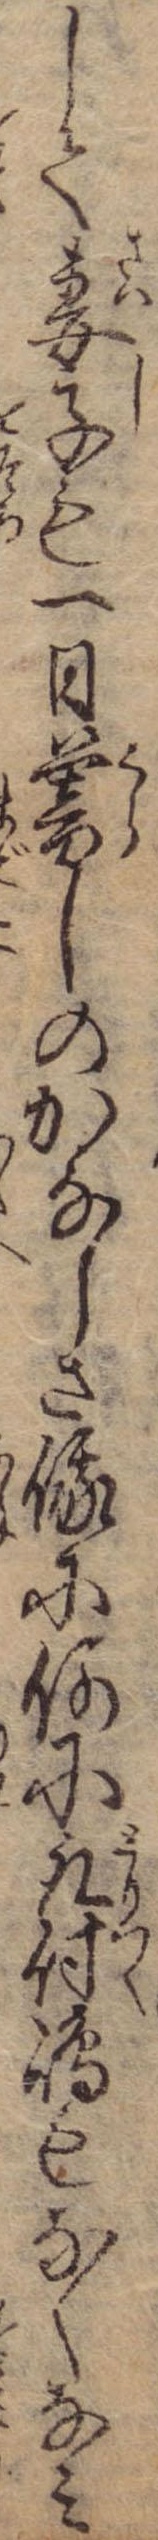
して妻子も一日暮しのかなしさ俄に何に取付島もなくなみ